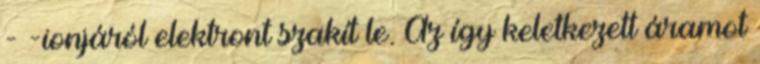
- -ionjáról elektront szakít le. Az így keletkezett áramot